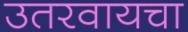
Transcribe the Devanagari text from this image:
उतरवायचा